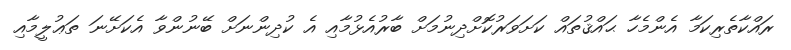
ރައްކާތެރިކަމާ އެންމެހާ ޙައްޤުތައް ކަށަވަރުކޮށްދިނުމަށް ބާރުއެޅުމާއި އެ ކުދިންނަށް ބޭނުންވާ އެކަށޭނަ ތަޢުލީމާއި